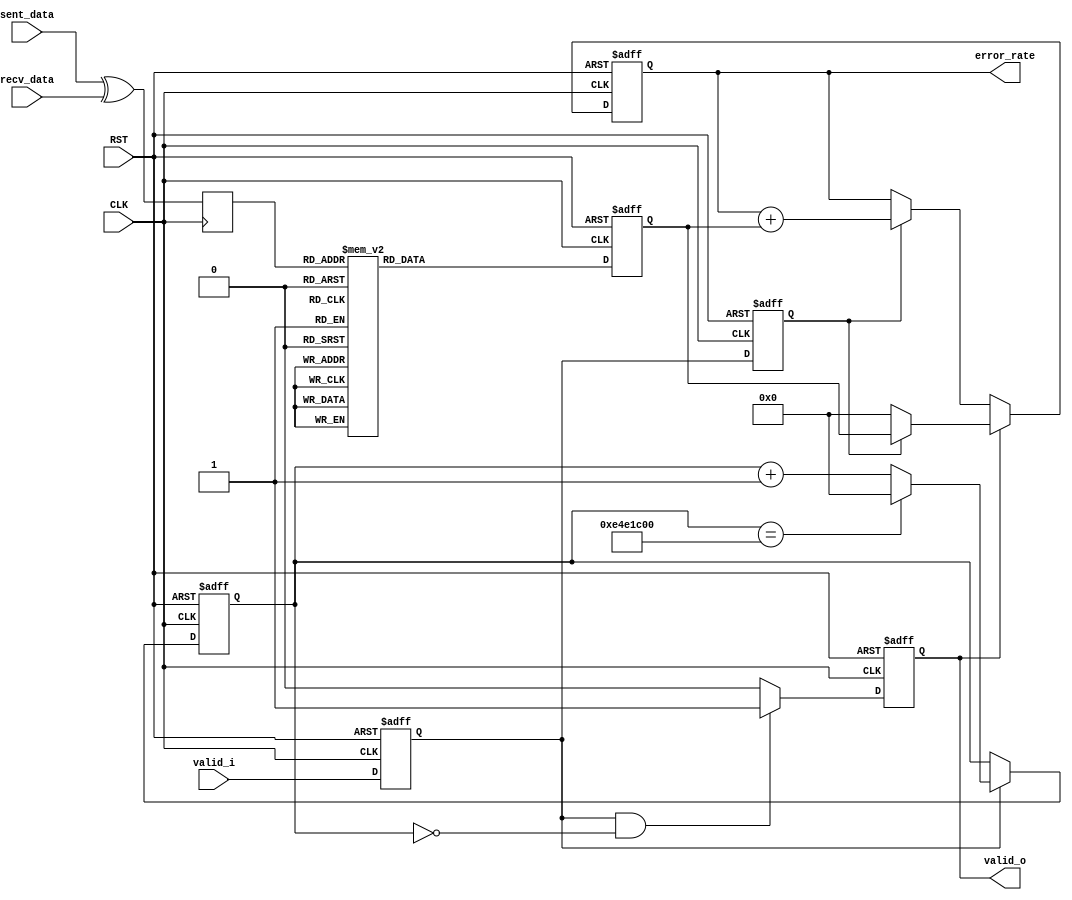

module ber
  #(
    parameter update_period = 32'd240_000_000
    )
  (
   input             CLK,
   input             RST,

   input             valid_i,
   input [7:0]       sent_data,
   input [7:0]       recv_data,

   output reg        valid_o, 
   output reg [31:0] error_rate
   );
   
   reg [31:0]        hamm_dist;
   reg [7:0]         xr;
   reg               valid_i_d;
   reg               valid_i_dd;
   reg [31:0]        counter;
   localparam counter_top = update_period;
   
   always @(posedge CLK or negedge RST)
     if (!RST) begin
        counter <= 32'd0;
     end else begin
        if (valid_i_d) begin
          if (counter == counter_top)
            counter <= 32'd0;
          else
            counter <= counter + 32'd1;
        end        
     end

   always @(posedge CLK or negedge RST)
     if (!RST) begin
        valid_i_d <= 1'b0;
     end else begin
        valid_i_d <= valid_i;
     end

   always @(posedge CLK or negedge RST)
     if (!RST) begin
        valid_i_dd <= 1'b0;
     end else begin
        valid_i_dd <= valid_i_d;
     end

   always @(posedge CLK) begin
      xr <= sent_data ^ recv_data;
   end

   always @(posedge CLK or negedge RST)
     if (!RST) begin
        hamm_dist <= 32'h0;
     end else begin
        case (xr)
          /* (progn
           (forward-line 3)
           (flet ((count1 (a)
           (let* ((tmp1 (+ (logand a    #x55) (lsh (logand a    #xaa) -1)))
           (tmp2 (+ (logand tmp1 #x33) (lsh (logand tmp1 #xcc) -2)))
           (tmp3 (+ (logand tmp2 #x0f) (lsh (logand tmp2 #xf0) -4))))
           tmp3)))
           (dotimes (i 256) (insert (format "          32'h%02x: hamm_dist <= 4'd%d;\n" i (count1 i))))))
           
           */

          32'h00: hamm_dist <= 4'd0;
          32'h01: hamm_dist <= 4'd1;
          32'h02: hamm_dist <= 4'd1;
          32'h03: hamm_dist <= 4'd2;
          32'h04: hamm_dist <= 4'd1;
          32'h05: hamm_dist <= 4'd2;
          32'h06: hamm_dist <= 4'd2;
          32'h07: hamm_dist <= 4'd3;
          32'h08: hamm_dist <= 4'd1;
          32'h09: hamm_dist <= 4'd2;
          32'h0a: hamm_dist <= 4'd2;
          32'h0b: hamm_dist <= 4'd3;
          32'h0c: hamm_dist <= 4'd2;
          32'h0d: hamm_dist <= 4'd3;
          32'h0e: hamm_dist <= 4'd3;
          32'h0f: hamm_dist <= 4'd4;
          32'h10: hamm_dist <= 4'd1;
          32'h11: hamm_dist <= 4'd2;
          32'h12: hamm_dist <= 4'd2;
          32'h13: hamm_dist <= 4'd3;
          32'h14: hamm_dist <= 4'd2;
          32'h15: hamm_dist <= 4'd3;
          32'h16: hamm_dist <= 4'd3;
          32'h17: hamm_dist <= 4'd4;
          32'h18: hamm_dist <= 4'd2;
          32'h19: hamm_dist <= 4'd3;
          32'h1a: hamm_dist <= 4'd3;
          32'h1b: hamm_dist <= 4'd4;
          32'h1c: hamm_dist <= 4'd3;
          32'h1d: hamm_dist <= 4'd4;
          32'h1e: hamm_dist <= 4'd4;
          32'h1f: hamm_dist <= 4'd5;
          32'h20: hamm_dist <= 4'd1;
          32'h21: hamm_dist <= 4'd2;
          32'h22: hamm_dist <= 4'd2;
          32'h23: hamm_dist <= 4'd3;
          32'h24: hamm_dist <= 4'd2;
          32'h25: hamm_dist <= 4'd3;
          32'h26: hamm_dist <= 4'd3;
          32'h27: hamm_dist <= 4'd4;
          32'h28: hamm_dist <= 4'd2;
          32'h29: hamm_dist <= 4'd3;
          32'h2a: hamm_dist <= 4'd3;
          32'h2b: hamm_dist <= 4'd4;
          32'h2c: hamm_dist <= 4'd3;
          32'h2d: hamm_dist <= 4'd4;
          32'h2e: hamm_dist <= 4'd4;
          32'h2f: hamm_dist <= 4'd5;
          32'h30: hamm_dist <= 4'd2;
          32'h31: hamm_dist <= 4'd3;
          32'h32: hamm_dist <= 4'd3;
          32'h33: hamm_dist <= 4'd4;
          32'h34: hamm_dist <= 4'd3;
          32'h35: hamm_dist <= 4'd4;
          32'h36: hamm_dist <= 4'd4;
          32'h37: hamm_dist <= 4'd5;
          32'h38: hamm_dist <= 4'd3;
          32'h39: hamm_dist <= 4'd4;
          32'h3a: hamm_dist <= 4'd4;
          32'h3b: hamm_dist <= 4'd5;
          32'h3c: hamm_dist <= 4'd4;
          32'h3d: hamm_dist <= 4'd5;
          32'h3e: hamm_dist <= 4'd5;
          32'h3f: hamm_dist <= 4'd6;
          32'h40: hamm_dist <= 4'd1;
          32'h41: hamm_dist <= 4'd2;
          32'h42: hamm_dist <= 4'd2;
          32'h43: hamm_dist <= 4'd3;
          32'h44: hamm_dist <= 4'd2;
          32'h45: hamm_dist <= 4'd3;
          32'h46: hamm_dist <= 4'd3;
          32'h47: hamm_dist <= 4'd4;
          32'h48: hamm_dist <= 4'd2;
          32'h49: hamm_dist <= 4'd3;
          32'h4a: hamm_dist <= 4'd3;
          32'h4b: hamm_dist <= 4'd4;
          32'h4c: hamm_dist <= 4'd3;
          32'h4d: hamm_dist <= 4'd4;
          32'h4e: hamm_dist <= 4'd4;
          32'h4f: hamm_dist <= 4'd5;
          32'h50: hamm_dist <= 4'd2;
          32'h51: hamm_dist <= 4'd3;
          32'h52: hamm_dist <= 4'd3;
          32'h53: hamm_dist <= 4'd4;
          32'h54: hamm_dist <= 4'd3;
          32'h55: hamm_dist <= 4'd4;
          32'h56: hamm_dist <= 4'd4;
          32'h57: hamm_dist <= 4'd5;
          32'h58: hamm_dist <= 4'd3;
          32'h59: hamm_dist <= 4'd4;
          32'h5a: hamm_dist <= 4'd4;
          32'h5b: hamm_dist <= 4'd5;
          32'h5c: hamm_dist <= 4'd4;
          32'h5d: hamm_dist <= 4'd5;
          32'h5e: hamm_dist <= 4'd5;
          32'h5f: hamm_dist <= 4'd6;
          32'h60: hamm_dist <= 4'd2;
          32'h61: hamm_dist <= 4'd3;
          32'h62: hamm_dist <= 4'd3;
          32'h63: hamm_dist <= 4'd4;
          32'h64: hamm_dist <= 4'd3;
          32'h65: hamm_dist <= 4'd4;
          32'h66: hamm_dist <= 4'd4;
          32'h67: hamm_dist <= 4'd5;
          32'h68: hamm_dist <= 4'd3;
          32'h69: hamm_dist <= 4'd4;
          32'h6a: hamm_dist <= 4'd4;
          32'h6b: hamm_dist <= 4'd5;
          32'h6c: hamm_dist <= 4'd4;
          32'h6d: hamm_dist <= 4'd5;
          32'h6e: hamm_dist <= 4'd5;
          32'h6f: hamm_dist <= 4'd6;
          32'h70: hamm_dist <= 4'd3;
          32'h71: hamm_dist <= 4'd4;
          32'h72: hamm_dist <= 4'd4;
          32'h73: hamm_dist <= 4'd5;
          32'h74: hamm_dist <= 4'd4;
          32'h75: hamm_dist <= 4'd5;
          32'h76: hamm_dist <= 4'd5;
          32'h77: hamm_dist <= 4'd6;
          32'h78: hamm_dist <= 4'd4;
          32'h79: hamm_dist <= 4'd5;
          32'h7a: hamm_dist <= 4'd5;
          32'h7b: hamm_dist <= 4'd6;
          32'h7c: hamm_dist <= 4'd5;
          32'h7d: hamm_dist <= 4'd6;
          32'h7e: hamm_dist <= 4'd6;
          32'h7f: hamm_dist <= 4'd7;
          32'h80: hamm_dist <= 4'd1;
          32'h81: hamm_dist <= 4'd2;
          32'h82: hamm_dist <= 4'd2;
          32'h83: hamm_dist <= 4'd3;
          32'h84: hamm_dist <= 4'd2;
          32'h85: hamm_dist <= 4'd3;
          32'h86: hamm_dist <= 4'd3;
          32'h87: hamm_dist <= 4'd4;
          32'h88: hamm_dist <= 4'd2;
          32'h89: hamm_dist <= 4'd3;
          32'h8a: hamm_dist <= 4'd3;
          32'h8b: hamm_dist <= 4'd4;
          32'h8c: hamm_dist <= 4'd3;
          32'h8d: hamm_dist <= 4'd4;
          32'h8e: hamm_dist <= 4'd4;
          32'h8f: hamm_dist <= 4'd5;
          32'h90: hamm_dist <= 4'd2;
          32'h91: hamm_dist <= 4'd3;
          32'h92: hamm_dist <= 4'd3;
          32'h93: hamm_dist <= 4'd4;
          32'h94: hamm_dist <= 4'd3;
          32'h95: hamm_dist <= 4'd4;
          32'h96: hamm_dist <= 4'd4;
          32'h97: hamm_dist <= 4'd5;
          32'h98: hamm_dist <= 4'd3;
          32'h99: hamm_dist <= 4'd4;
          32'h9a: hamm_dist <= 4'd4;
          32'h9b: hamm_dist <= 4'd5;
          32'h9c: hamm_dist <= 4'd4;
          32'h9d: hamm_dist <= 4'd5;
          32'h9e: hamm_dist <= 4'd5;
          32'h9f: hamm_dist <= 4'd6;
          32'ha0: hamm_dist <= 4'd2;
          32'ha1: hamm_dist <= 4'd3;
          32'ha2: hamm_dist <= 4'd3;
          32'ha3: hamm_dist <= 4'd4;
          32'ha4: hamm_dist <= 4'd3;
          32'ha5: hamm_dist <= 4'd4;
          32'ha6: hamm_dist <= 4'd4;
          32'ha7: hamm_dist <= 4'd5;
          32'ha8: hamm_dist <= 4'd3;
          32'ha9: hamm_dist <= 4'd4;
          32'haa: hamm_dist <= 4'd4;
          32'hab: hamm_dist <= 4'd5;
          32'hac: hamm_dist <= 4'd4;
          32'had: hamm_dist <= 4'd5;
          32'hae: hamm_dist <= 4'd5;
          32'haf: hamm_dist <= 4'd6;
          32'hb0: hamm_dist <= 4'd3;
          32'hb1: hamm_dist <= 4'd4;
          32'hb2: hamm_dist <= 4'd4;
          32'hb3: hamm_dist <= 4'd5;
          32'hb4: hamm_dist <= 4'd4;
          32'hb5: hamm_dist <= 4'd5;
          32'hb6: hamm_dist <= 4'd5;
          32'hb7: hamm_dist <= 4'd6;
          32'hb8: hamm_dist <= 4'd4;
          32'hb9: hamm_dist <= 4'd5;
          32'hba: hamm_dist <= 4'd5;
          32'hbb: hamm_dist <= 4'd6;
          32'hbc: hamm_dist <= 4'd5;
          32'hbd: hamm_dist <= 4'd6;
          32'hbe: hamm_dist <= 4'd6;
          32'hbf: hamm_dist <= 4'd7;
          32'hc0: hamm_dist <= 4'd2;
          32'hc1: hamm_dist <= 4'd3;
          32'hc2: hamm_dist <= 4'd3;
          32'hc3: hamm_dist <= 4'd4;
          32'hc4: hamm_dist <= 4'd3;
          32'hc5: hamm_dist <= 4'd4;
          32'hc6: hamm_dist <= 4'd4;
          32'hc7: hamm_dist <= 4'd5;
          32'hc8: hamm_dist <= 4'd3;
          32'hc9: hamm_dist <= 4'd4;
          32'hca: hamm_dist <= 4'd4;
          32'hcb: hamm_dist <= 4'd5;
          32'hcc: hamm_dist <= 4'd4;
          32'hcd: hamm_dist <= 4'd5;
          32'hce: hamm_dist <= 4'd5;
          32'hcf: hamm_dist <= 4'd6;
          32'hd0: hamm_dist <= 4'd3;
          32'hd1: hamm_dist <= 4'd4;
          32'hd2: hamm_dist <= 4'd4;
          32'hd3: hamm_dist <= 4'd5;
          32'hd4: hamm_dist <= 4'd4;
          32'hd5: hamm_dist <= 4'd5;
          32'hd6: hamm_dist <= 4'd5;
          32'hd7: hamm_dist <= 4'd6;
          32'hd8: hamm_dist <= 4'd4;
          32'hd9: hamm_dist <= 4'd5;
          32'hda: hamm_dist <= 4'd5;
          32'hdb: hamm_dist <= 4'd6;
          32'hdc: hamm_dist <= 4'd5;
          32'hdd: hamm_dist <= 4'd6;
          32'hde: hamm_dist <= 4'd6;
          32'hdf: hamm_dist <= 4'd7;
          32'he0: hamm_dist <= 4'd3;
          32'he1: hamm_dist <= 4'd4;
          32'he2: hamm_dist <= 4'd4;
          32'he3: hamm_dist <= 4'd5;
          32'he4: hamm_dist <= 4'd4;
          32'he5: hamm_dist <= 4'd5;
          32'he6: hamm_dist <= 4'd5;
          32'he7: hamm_dist <= 4'd6;
          32'he8: hamm_dist <= 4'd4;
          32'he9: hamm_dist <= 4'd5;
          32'hea: hamm_dist <= 4'd5;
          32'heb: hamm_dist <= 4'd6;
          32'hec: hamm_dist <= 4'd5;
          32'hed: hamm_dist <= 4'd6;
          32'hee: hamm_dist <= 4'd6;
          32'hef: hamm_dist <= 4'd7;
          32'hf0: hamm_dist <= 4'd4;
          32'hf1: hamm_dist <= 4'd5;
          32'hf2: hamm_dist <= 4'd5;
          32'hf3: hamm_dist <= 4'd6;
          32'hf4: hamm_dist <= 4'd5;
          32'hf5: hamm_dist <= 4'd6;
          32'hf6: hamm_dist <= 4'd6;
          32'hf7: hamm_dist <= 4'd7;
          32'hf8: hamm_dist <= 4'd5;
          32'hf9: hamm_dist <= 4'd6;
          32'hfa: hamm_dist <= 4'd6;
          32'hfb: hamm_dist <= 4'd7;
          32'hfc: hamm_dist <= 4'd6;
          32'hfd: hamm_dist <= 4'd7;
          32'hfe: hamm_dist <= 4'd7;
          32'hff: hamm_dist <= 4'd8;

        endcase
     end


   always @(posedge CLK or negedge RST)
     if (!RST) begin
        error_rate <= 32'h0;
     end else begin
        if (valid_o) begin
           // INITIALIZE
           if (valid_i_dd)
             error_rate <= hamm_dist;
           else
             error_rate <= 32'h0;
        end
        else if (valid_i_dd)
          error_rate <= error_rate + hamm_dist;
     end

   always @(posedge CLK or negedge RST)
     if (!RST) begin
        valid_o <= 1'b0;
     end else begin
        if (valid_i_d && counter == 32'd0)
          valid_o <= 1'b1;
        else
          valid_o <= 1'b0;
     end

endmodule